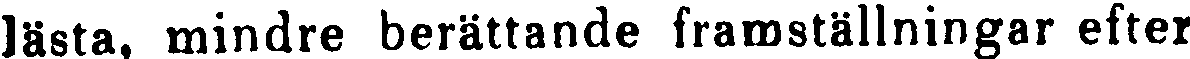
lästa, mindre berättande framställningar efter